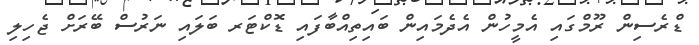
ޑްރެސިން ރޫމްގައި އެމީހުން އެދެމައިން ބައިތިއްބާފައި ޑޮކްޓަރ ބަަލައި ނަރުސް ބޭރަށް ޖެހިލި